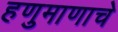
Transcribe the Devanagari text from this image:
हणुमाणाचे